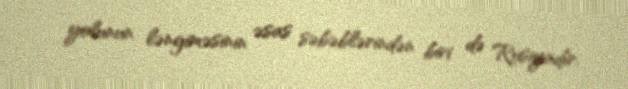
yolunun ləngiməsinin əsas səbəblərindən biri də Rusiyadır.